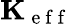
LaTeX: \mathbf{K}_{\mathrm{~e~f~f~}}